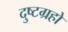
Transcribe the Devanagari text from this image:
दुष्टग्रहो